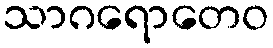
သာဂရောတေဝ